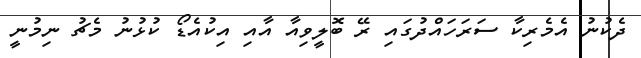
ދެކުނު އެމެރިކާ ސަރަހައްދުގައި ރޭ ބޮލީވިއާ އާއި އިކުއެޑޯ ކުޅުނު މެޗު ނިމުނީ